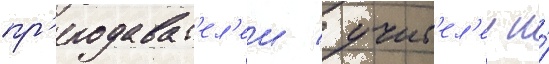
пр'еподават'ел'еи / учит'ел'еи и́